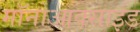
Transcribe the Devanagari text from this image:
मॉनोआक्साइड